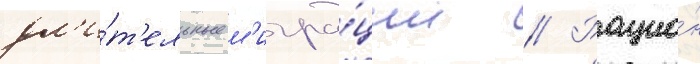
дл'и́т'ельные м'игра́ции // Рацио́н